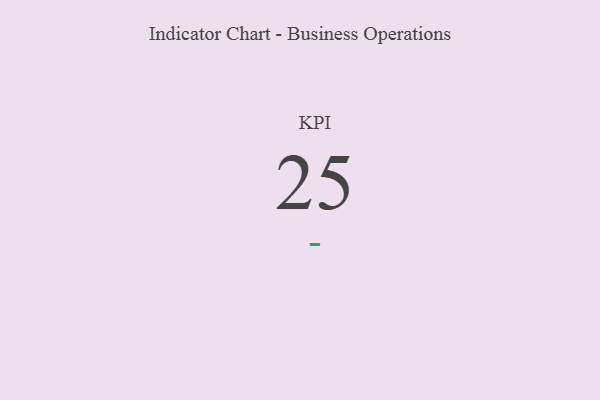
{"axis": {"x": "KPI", "y": "Value"}, "legend": [""], "data": [{"x": "KPI", "y": 25, "type": ""}]}